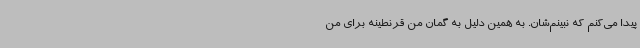
پیدا می‌کنم که نبینم‌شان. به همین دلیل به گمان من قرنطینه برای من